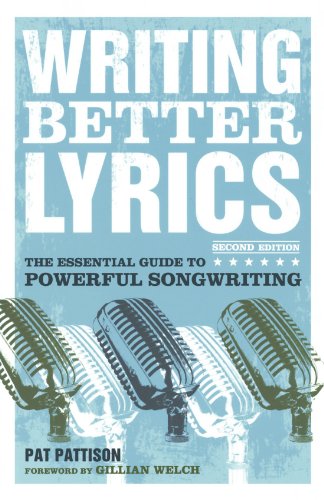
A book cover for Writing Better Lyrics; Pat Pattison; Arts & Photography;